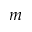
m